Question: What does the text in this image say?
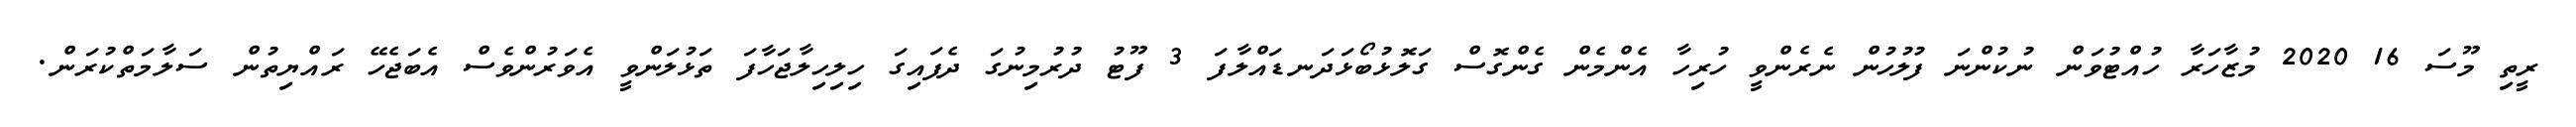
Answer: ރީތި މޫސަ 16 2020 މުޒާހަރާ ހުއްޓުވަން ނުކުންނަ ފުލުހުން ނެރެންވީ ހުރިހާ އެންމެން ގެންގޮސް ގަލޮޅުބޯޅަދަނޑައްލާފަ 3 ފޫޓު ދުރުމިނުގަ ދެފައިގަ ހިލިހިލާޖަހާފަ ތަޅުލަންވީ އެވަރުންވެސް އެބަޖެހޭ ރައްޔިތުން ސަލާމަތްކުރަން.